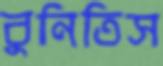
বুনিতিস